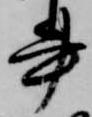
書